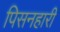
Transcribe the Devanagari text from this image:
पिसनहारी